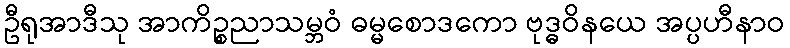
ဦရုအာဒီသု အာကိဉ္စညာသမ္ဘဝံ ဓမ္မစောဒကော ဗုဒ္ဓဝိနယေ အပ္ပဟီနာဝ